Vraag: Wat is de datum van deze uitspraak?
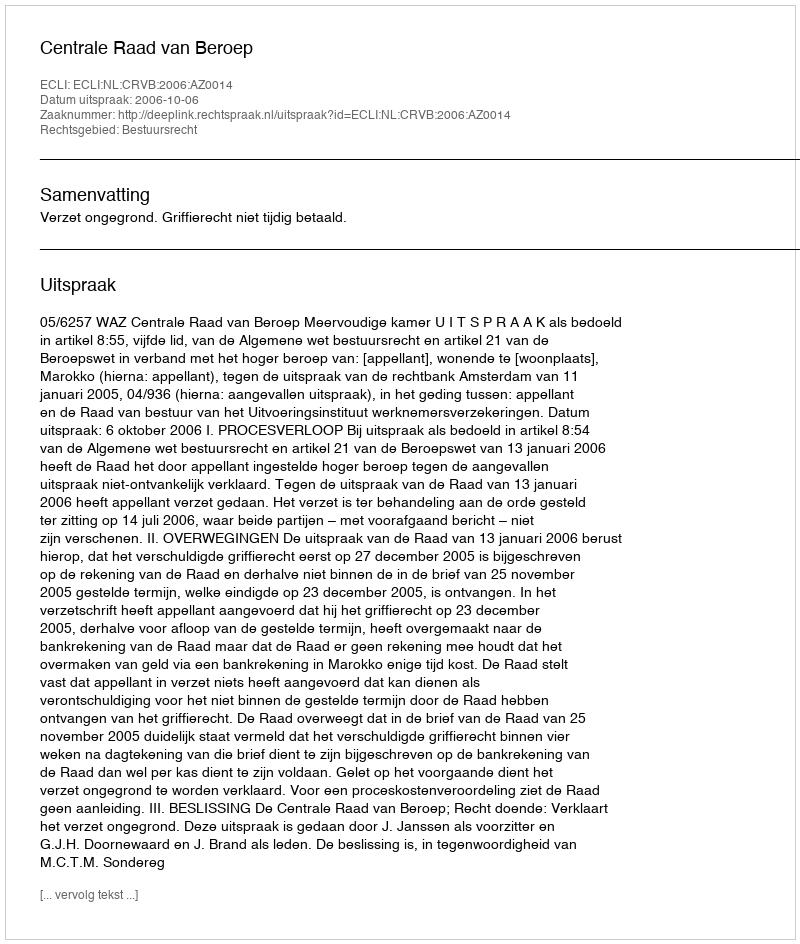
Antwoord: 2006-10-06